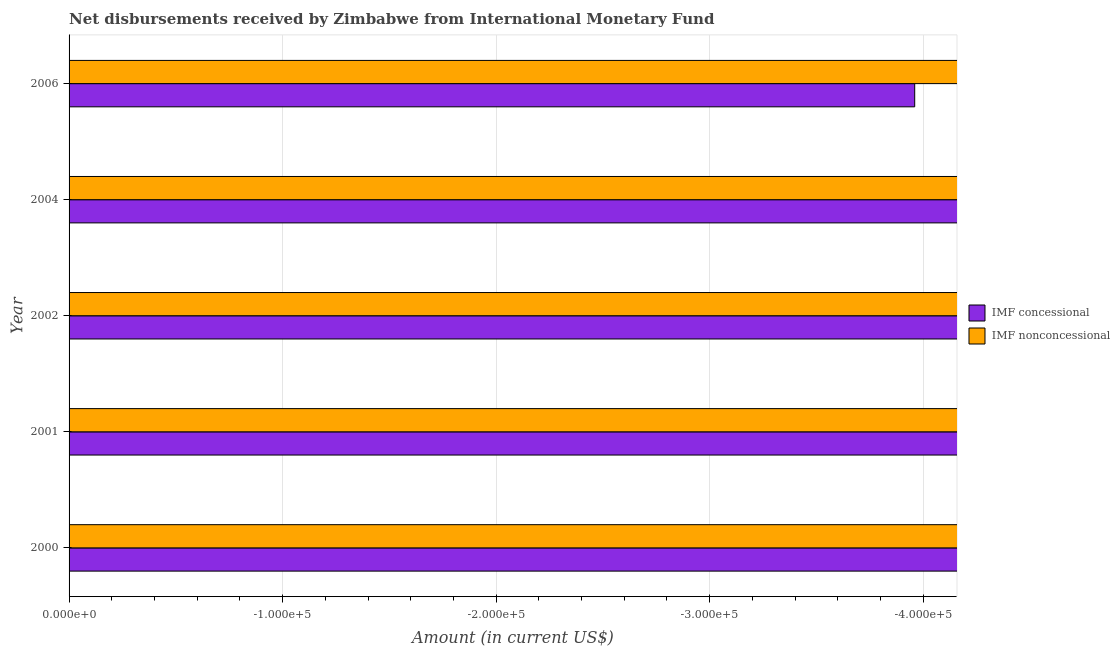
| Year | IMF concessional | IMF nonconcessional |
 | --- | --- | --- |
 | 2000 | -3.57e+07 | -3.48e+07 |
 | 2001 | -1.32e+06 | -7.56e+06 |
 | 2002 | -1.1e+06 | -1.88e+06 |
 | 2004 | -1.51e+07 | -5.84e+06 |
 | 2006 | -3.96e+05 | -3.06e+06 |